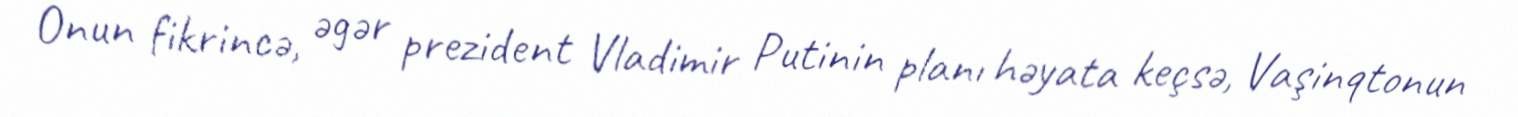
Onun fikrincə, əgər prezident Vladimir Putinin planı həyata keçsə, Vaşinqtonun